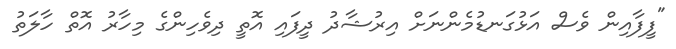
"ފީފާއިން ވެސް އަޅުގަނޑުމެންނަށް އިރުޝާދު ދީފައި އޮތީ ދިވެހިންގެ މިހާރު އޮތް ހާލަތު